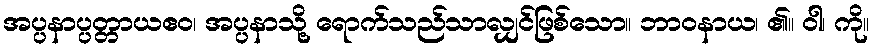
အပ္ပနာပ္ပတ္တာယဧဝ၊ အပ္ပနာသို့ ရောက်သည်သာလျှင်ဖြစ်သော။ ဘာဝနာယ၊ ၏။ ဝါ၊ ကို။